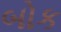
બોક